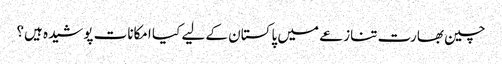
چین بھارت تنازعے میں پاکستان کے لیے کیا امکانات پوشیدہ ہیں؟